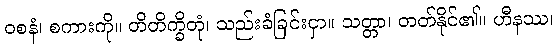
ဝစနံ၊ စကားကို။ တိတိက္ခိတုံ၊ သည်းခံခြင်းငှာ။ သတ္တာ၊ တတ်နိုင်၏။ ဟီနဿ၊